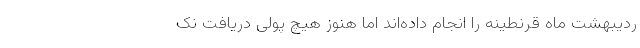
ردیبهشت ماه قرنطینه را انجام داده‌اند اما هنوز هیچ پولی دریافت نک